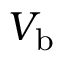
V _ { \mathrm { b } }